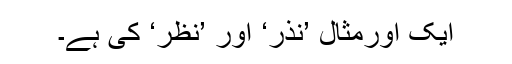
ایک اورمثال ’نذر‘ اور ’نظر‘ کی ہے۔